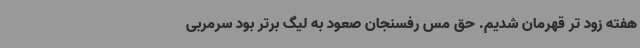
هفته زود تر قهرمان شدیم. حق مس رفسنجان صعود به لیگ برتر بود سرمربی